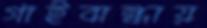
গাইবান্ধায়